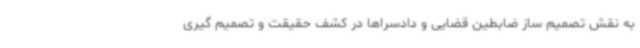
به نقش تصمیم ساز ضابطین قضایی و دادسراها در کشف حقیقت و تصمیم گیری